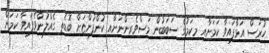
ހުރަސް އަޅާފައިވާ ކަމަށާއި މިކަމުގެ ސަބަބުން މަސްވެރިންނަށާއި ކުންފުންޏަށް ބޮޑެތި ގެއްލުންވެފައިވާ ކަމަށް